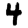
Digit: 4